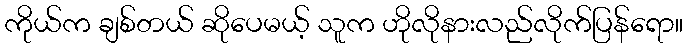
ကိုယ်က ချစ်တယ် ဆိုပေမယ့် သူက ဟိုလိုနားလည်လိုက်ပြန်ရော။